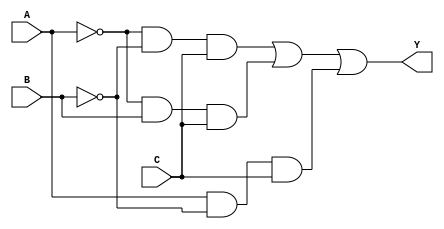
module kmap_3var (
    input wire A,  // Input variable A
    input wire B,  // Input variable B
    input wire C,  // Input variable C
    output wire Y  // Output variable Y
);

// Internal signal to represent the K-map
wire Y0, Y1, Y2, Y3, Y4, Y5, Y6, Y7;

// Define the minterms based on the K-map
assign Y0 = ~A & ~B & ~C; // A'B'C' (000)
assign Y1 = ~A & ~B & C;  // A'B'C (001)
assign Y2 = ~A & B & ~C;  // A'BC' (010)
assign Y3 = ~A & B & C;   // A'BC (011)
assign Y4 = A & ~B & ~C;  // AB'C' (100)
assign Y5 = A & ~B & C;   // AB'C (101)
assign Y6 = A & B & ~C;   // ABC' (110)
assign Y7 = A & B & C;    // ABC (111)

// Output Y is determined by the selected minterms
// Example: Let's assume we want to enable Y1, Y3, and Y5
assign Y = Y1 | Y3 | Y5; // Y = A'B + A'BC + AB'C

endmodule